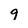
Character: 9